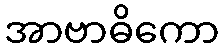
အာဗာဓိကော